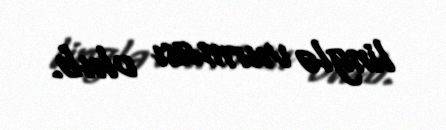
linglə vurması olub.